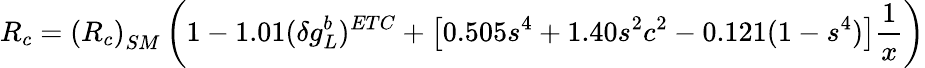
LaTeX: R_{c}=\left(R_{c}\right)_{SM}\left(1-1.01(\delta g_{L}^{b})^{ETC}+\left[0.505s^{4}+1.40s^{2}c^{2}-0.121(1-s^{4})\right]{\frac{1}{x}}\right)